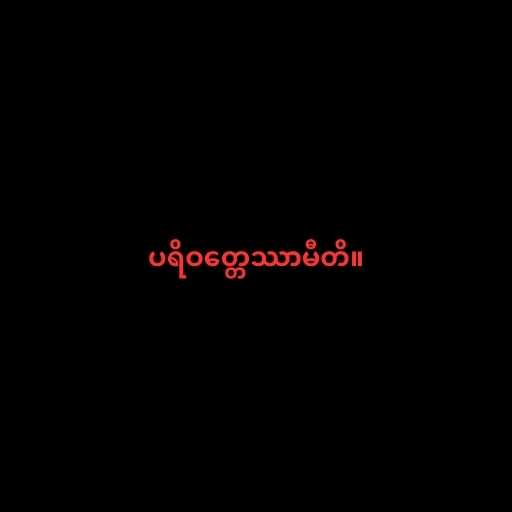
ပရိဝတ္တေဿာမီတိ။